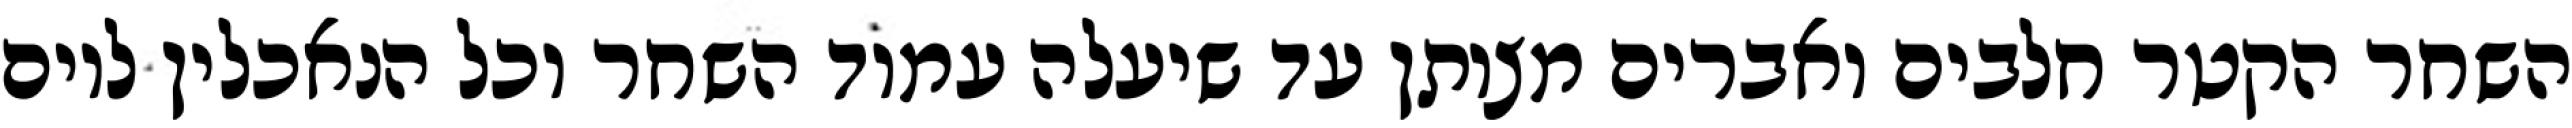
השחר הקטר חלבים ואברים מצותן עד שיעלה עמוד השחר וכל הנאכלין ליום